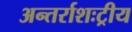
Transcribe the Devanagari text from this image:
अन्तर्राशःट्रीय